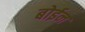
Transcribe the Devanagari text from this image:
बोईन